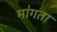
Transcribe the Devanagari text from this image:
मा॑गता